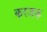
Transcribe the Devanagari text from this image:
करजक